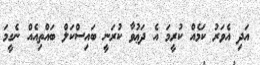
އަދި އެވަރު ކަމެއް ކުރީމަ އެ ދަޢުވާ ކުރަނީ ބައިސްކަލް ބައްތިއެއް ނެގީމަ